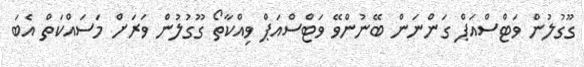
ގޫގުލުން ވަޓްސްއަޕް ގަންނަން ބޭނުންވޭ ވަޓްސްއަޕް ވިއްކާތޯ ގޫގުލުން ވަރަށް މަސައްކަތް އެބަ